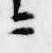
ニ